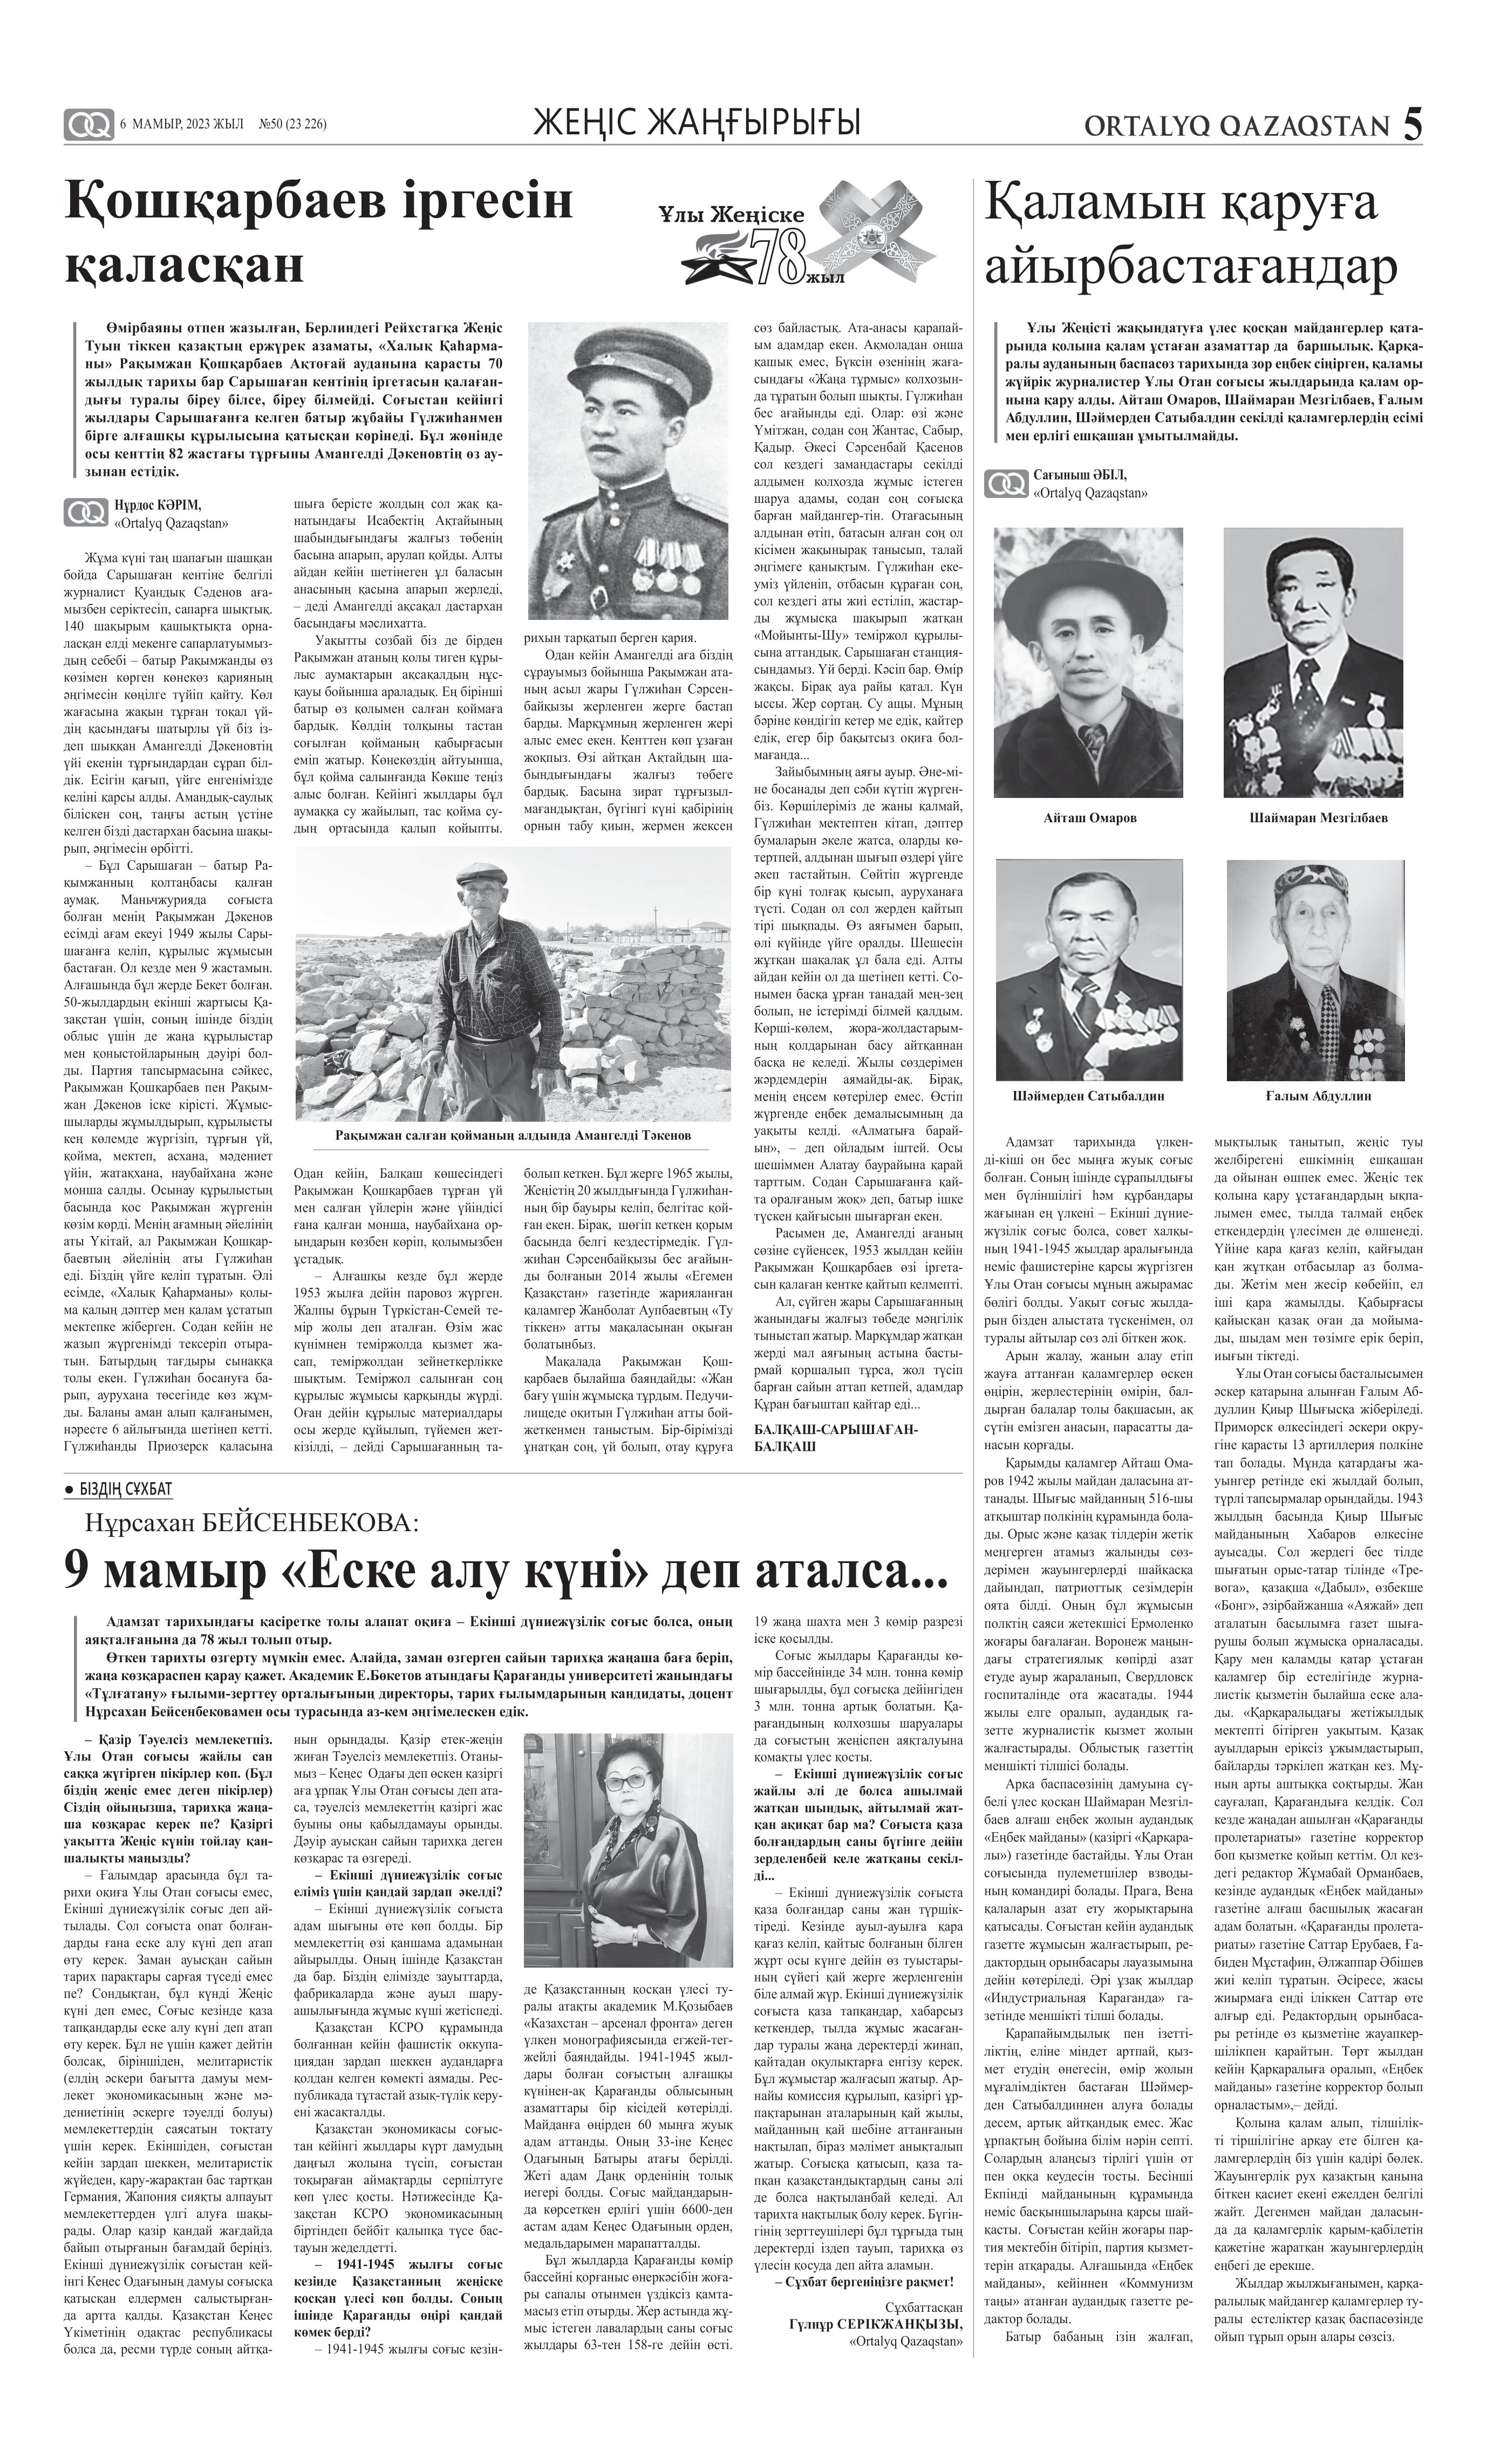
Language: kk